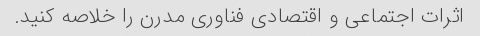
اثرات اجتماعی و اقتصادی فناوری مدرن را خلاصه کنید.